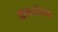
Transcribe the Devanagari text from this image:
कलारीएक